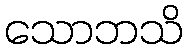
သောဘသိ